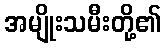
အမျိုးသမီးတို့၏